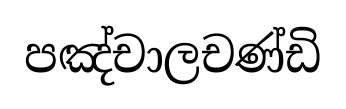
පඤ්චාලචණ්ඩි